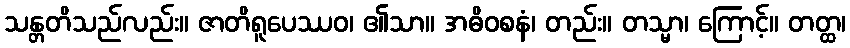
သန္တတိသည်လည်း။ ဇာတိရူပေဿဝ၊ ၏သာ။ အဓိဝစနံ၊ တည်း။ တသ္မာ၊ ကြောင့်။ တတ္ထ၊